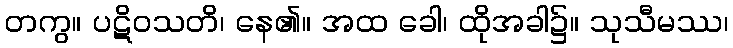
တကွ။ ပဋိဝသတိ၊ နေ၏။ အထ ခေါ၊ ထိုအခါ၌။ သုသီမဿ၊